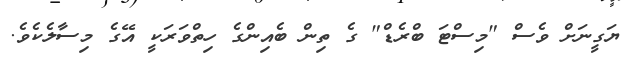
ޔަގީނަށް ވެސް "މިސްޓަ ބްރެޑް" ގެ ތިން ބެއިންގެ ހިތްވަރަކީ އޭގެ މިސާލެކެވެ.